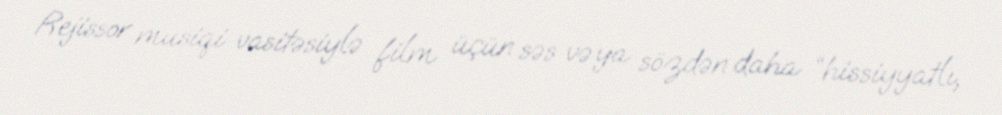
Rejissor musiqi vasitəsiylə film üçün səs və ya sözdən daha “hissiyyatlı,